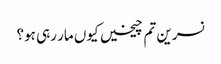
نسرین تم چیخیں کیوں مار رہی ہو؟